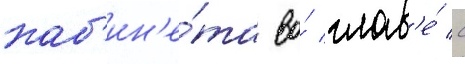
каб'ин'е́та во́ глав'е́ с